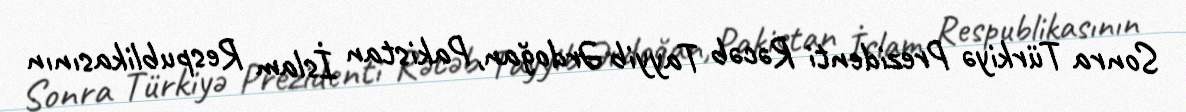
Sonra Türkiyə Prezidenti Rəcəb Tayyib Ərdoğan, Pakistan İslam Respublikasının